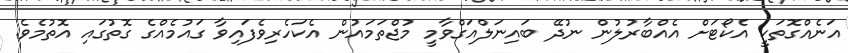
އަނެއްގޮތަކީ އެކޯޓަށް އެއްބާރުލުން ނުދޭ ބައިނަލްއަގްވާމީ މުޖްތަމައުން އެކަހެރިވެފައިވާ ގައުމެއްގެ ގޮތުގައި އޮތުމެވެ.